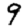
Digit: 9